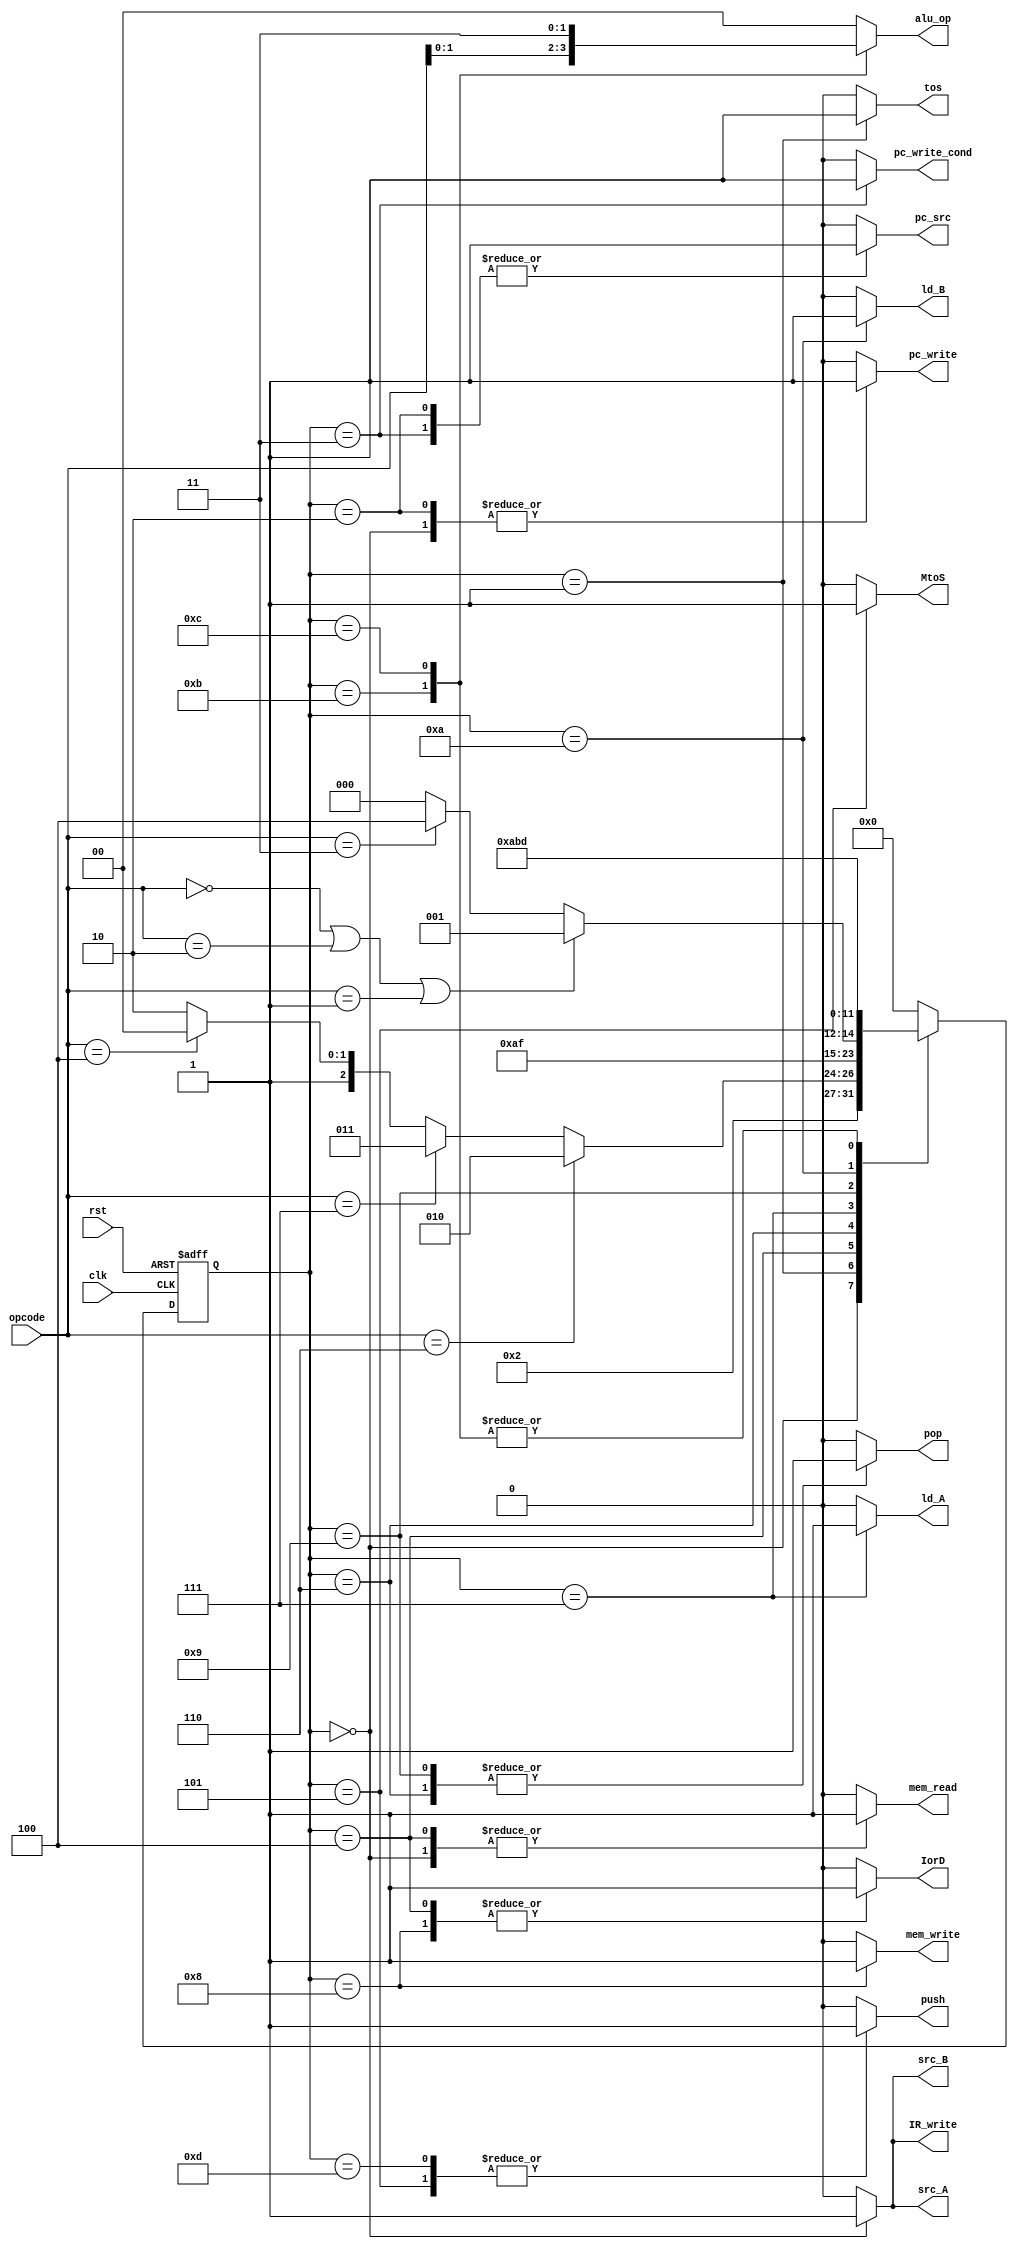
module controller(clk, rst, opcode, IR_write, ld_A, ld_B, IorD, MtoS, src_A, src_B,
                 pc_src,mem_read, mem_write, pc_write_cond, pc_write, alu_op, push, pop, tos);
                 
                 
  input clk, rst;
  output reg IR_write, ld_A, ld_B, IorD, MtoS, pc_src, src_A, src_B ;
  output reg mem_read, mem_write, pc_write_cond, pc_write;
  output reg [1:0] alu_op;
  output reg push, pop, tos;
  input [2:0] opcode ;
  
  parameter [2:0] ADD = 3'b000, SUB = 3'b001, AND = 3'b010, NOT = 3'b011, PUSH = 3'b100, POP = 3'b101, JMP = 3'b110, JZ = 3'b111;
  
  reg [3:0] ps,ns;
  
  parameter [3:0] instruction_fetch = 0, instruction_decode = 1, jump = 2 , jump_zero = 3,
                  push_read_data = 4, push_data_to_stack = 5, pop_op1 = 6, ld_op1 = 7, pop_save_to_memory = 8,
                  pop_op2 = 9, ld_op2 = 10, set_alu1 = 11 , set_alu2 = 12, push_alu_result_to_stack = 13 ;
  
  
  always @(ps, opcode) begin
    ns = instruction_fetch ;
    case(ps)
      instruction_fetch : ns = instruction_decode ;
      instruction_decode :  ns = (opcode == JMP) ? jump :
                                  (opcode == JZ ) ? jump_zero :
                                  (opcode == PUSH ) ? push_read_data : pop_op1 ;
      
      jump : ns = instruction_fetch ;
      jump_zero : ns = instruction_fetch ;
      push_read_data : ns = push_data_to_stack ;
      push_data_to_stack : ns =  instruction_fetch ;
      pop_op1 : ns = ld_op1 ;
      ld_op1 : ns = ( opcode == ADD | opcode == AND | opcode == SUB )  ? pop_op2 :
                    (opcode == NOT ) ? set_alu2 : pop_save_to_memory ;
      pop_save_to_memory : ns =  instruction_fetch ;
      pop_op2 : ns = ld_op2 ;
      ld_op2 :  ns = set_alu1 ;
      set_alu1 : ns = push_alu_result_to_stack ;
      set_alu2 : ns = push_alu_result_to_stack ;
      push_alu_result_to_stack : ns = instruction_fetch ;
      default : ns = instruction_fetch ;
    endcase
  end
  
  always @(ps, opcode ) begin
    {IR_write, ld_A, ld_B, IorD, MtoS, pc_src, src_A, src_B,
     mem_read, mem_write, pc_write_cond, pc_write, push, pop, tos, alu_op } = 17'b0;
     
     case(ps)
       instruction_fetch : begin 
        IorD = 0 ;
        mem_read = 1 ;
        IR_write = 1 ; 
        src_A = 1 ; 
        src_B = 1 ;
        pc_src = 0 ;
        pc_write = 1 ;
        alu_op = 2'b00 ;
     end
     
     instruction_decode : tos = 1;
     jump : begin
        pc_src = 1 ;
        pc_write = 1 ;
     end
     
     jump_zero : begin
        pc_write_cond = 1 ;
        pc_src = 1 ;
     end
     
     push_read_data : begin
      IorD = 1 ;
      mem_read = 1;
     end
     
     push_data_to_stack : begin
      MtoS = 1 ;
      push = 1 ;
     end
     
     pop_op1 : pop = 1 ;
     ld_op1 : ld_A = 1 ;
     pop_save_to_memory : begin
       IorD = 1 ;
       mem_write = 1 ;
     end
     
     pop_op2 : pop = 1;
     ld_op2 : ld_B = 1 ;
     
     set_alu1 : alu_op = opcode [1:0] ;
     
     set_alu2 : alu_op = 2'b11 ;
     
     push_alu_result_to_stack : begin
       MtoS = 0 ;
       push = 1 ;
     end
     
   endcase
 end
 
 always@(posedge clk, posedge rst )begin
   if (rst) ps<= instruction_fetch ;
   else
     ps <= ns ;
   end
 endmodule